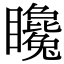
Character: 䂁